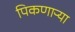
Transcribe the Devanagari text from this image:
पिकणाऱ्या